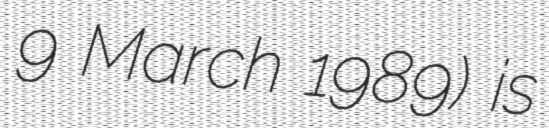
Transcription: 9 March 1989) is